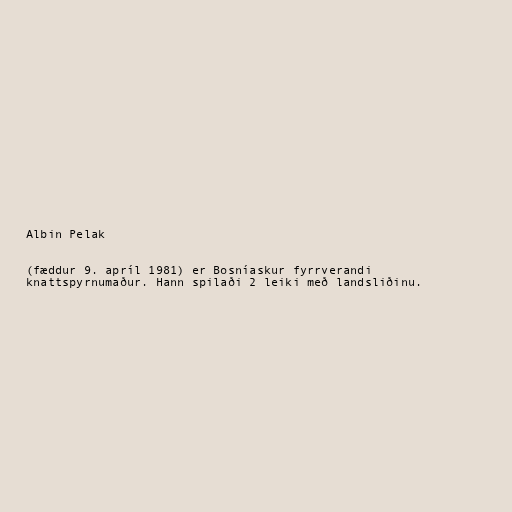
Albin Pelak

(fæddur 9. apríl 1981) er Bosníaskur fyrrverandi
knattspyrnumaður. Hann spilaði 2 leiki með landsliðinu.